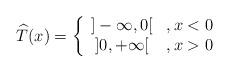
LaTeX: \begin{align*}\widehat{T}(x)=\left\lbrace\begin{array}{cc}]-\infty,0[&,x<0\\]0,+\infty[&,x>0\end{array}\right.\end{align*}